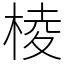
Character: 棱